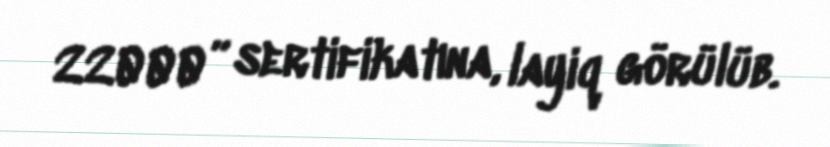
22000” sertifikatına, layiq görülüb.